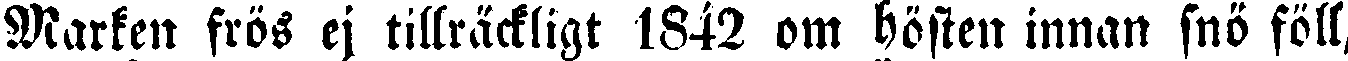
Marken frös ej tillräckligt 1842 om hösten innan snö föll,